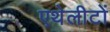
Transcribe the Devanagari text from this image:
एथेलीटों